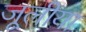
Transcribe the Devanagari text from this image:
जूलीया